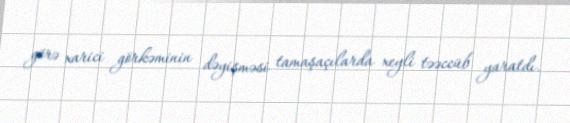
görə xarici görkəminin dəyişməsi tamaşaçılarda xeyli təəccüb yaratdı.